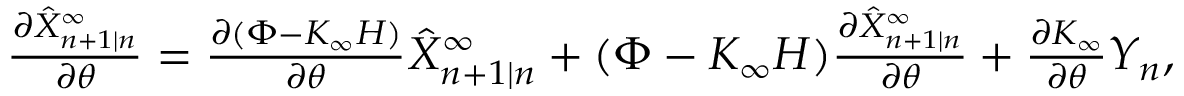
\begin{array} { r } { \frac { \partial \hat { X } _ { n + 1 | n } ^ { \infty } } { \partial \theta } = \frac { \partial ( \Phi - K _ { \infty } H ) } { \partial \theta } \hat { X } _ { n + 1 | n } ^ { \infty } + ( \Phi - K _ { \infty } H ) \frac { \partial \hat { X } _ { n + 1 | n } ^ { \infty } } { \partial \theta } + \frac { \partial K _ { \infty } } { \partial \theta } Y _ { n } , } \end{array}